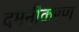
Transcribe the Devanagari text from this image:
दमनीकरण